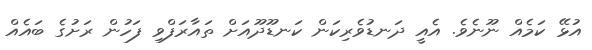
އުޅޭ ކަމެއް ނޫނެވެ. އެއީ ދަނޑުވެރިކަން ކަނޑޫދޫއަށް ތައާރަފްވި ފަހުން ރަށުގެ ބައެއް